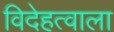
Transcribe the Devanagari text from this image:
विदेहत्वाला